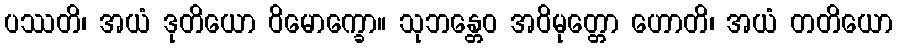
ပဿတိ၊ အယံ ဒုတိယော ဝိမောက္ခော။ သုဘန္တေဝ အဝိမုတ္တော ဟောတိ၊ အယံ တတိယော